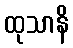
ထုသာနိ